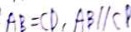
A B = C D , A B / / C B